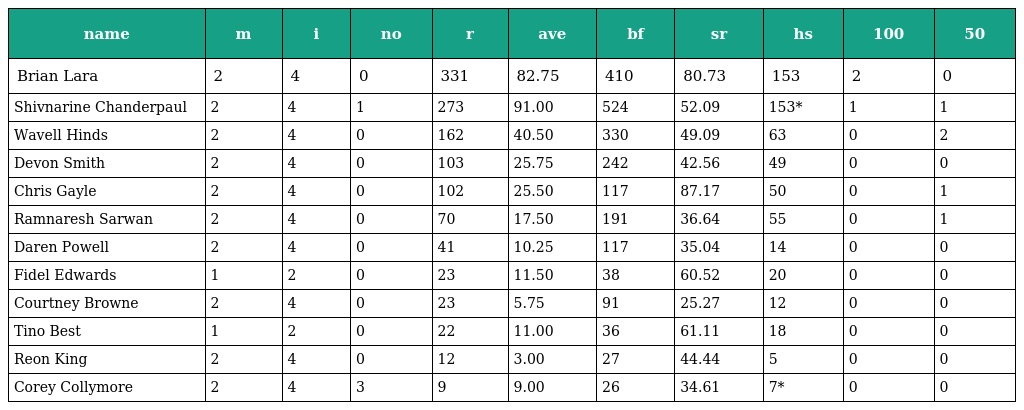
| name | m | i | no | r | ave | bf | sr | hs | 100 | 50 |
 | --- | --- | --- | --- | --- | --- | --- | --- | --- | --- | --- |
 | Brian Lara | 2 | 4 | 0 | 331 | 82.75 | 410 | 80.73 | 153 | 2 | 0 |
 | Shivnarine Chanderpaul | 2 | 4 | 1 | 273 | 91.00 | 524 | 52.09 | 153* | 1 | 1 |
 | Wavell Hinds | 2 | 4 | 0 | 162 | 40.50 | 330 | 49.09 | 63 | 0 | 2 |
 | Devon Smith | 2 | 4 | 0 | 103 | 25.75 | 242 | 42.56 | 49 | 0 | 0 |
 | Chris Gayle | 2 | 4 | 0 | 102 | 25.50 | 117 | 87.17 | 50 | 0 | 1 |
 | Ramnaresh Sarwan | 2 | 4 | 0 | 70 | 17.50 | 191 | 36.64 | 55 | 0 | 1 |
 | Daren Powell | 2 | 4 | 0 | 41 | 10.25 | 117 | 35.04 | 14 | 0 | 0 |
 | Fidel Edwards | 1 | 2 | 0 | 23 | 11.50 | 38 | 60.52 | 20 | 0 | 0 |
 | Courtney Browne | 2 | 4 | 0 | 23 | 5.75 | 91 | 25.27 | 12 | 0 | 0 |
 | Tino Best | 1 | 2 | 0 | 22 | 11.00 | 36 | 61.11 | 18 | 0 | 0 |
 | Reon King | 2 | 4 | 0 | 12 | 3.00 | 27 | 44.44 | 5 | 0 | 0 |
 | Corey Collymore | 2 | 4 | 3 | 9 | 9.00 | 26 | 34.61 | 7* | 0 | 0 |